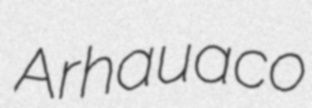
Arhauaco